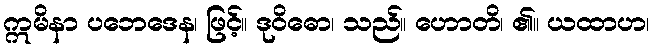
ဣမိနာ ပဘေဒေန၊ ဖြင့်။ ဒုဝိဓော၊ သည်။ ဟောတိ၊ ၏။ ယထာဟ၊